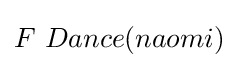
F\ Dance(naomi)